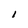
Character: I